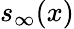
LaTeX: s_{\infty}(x)